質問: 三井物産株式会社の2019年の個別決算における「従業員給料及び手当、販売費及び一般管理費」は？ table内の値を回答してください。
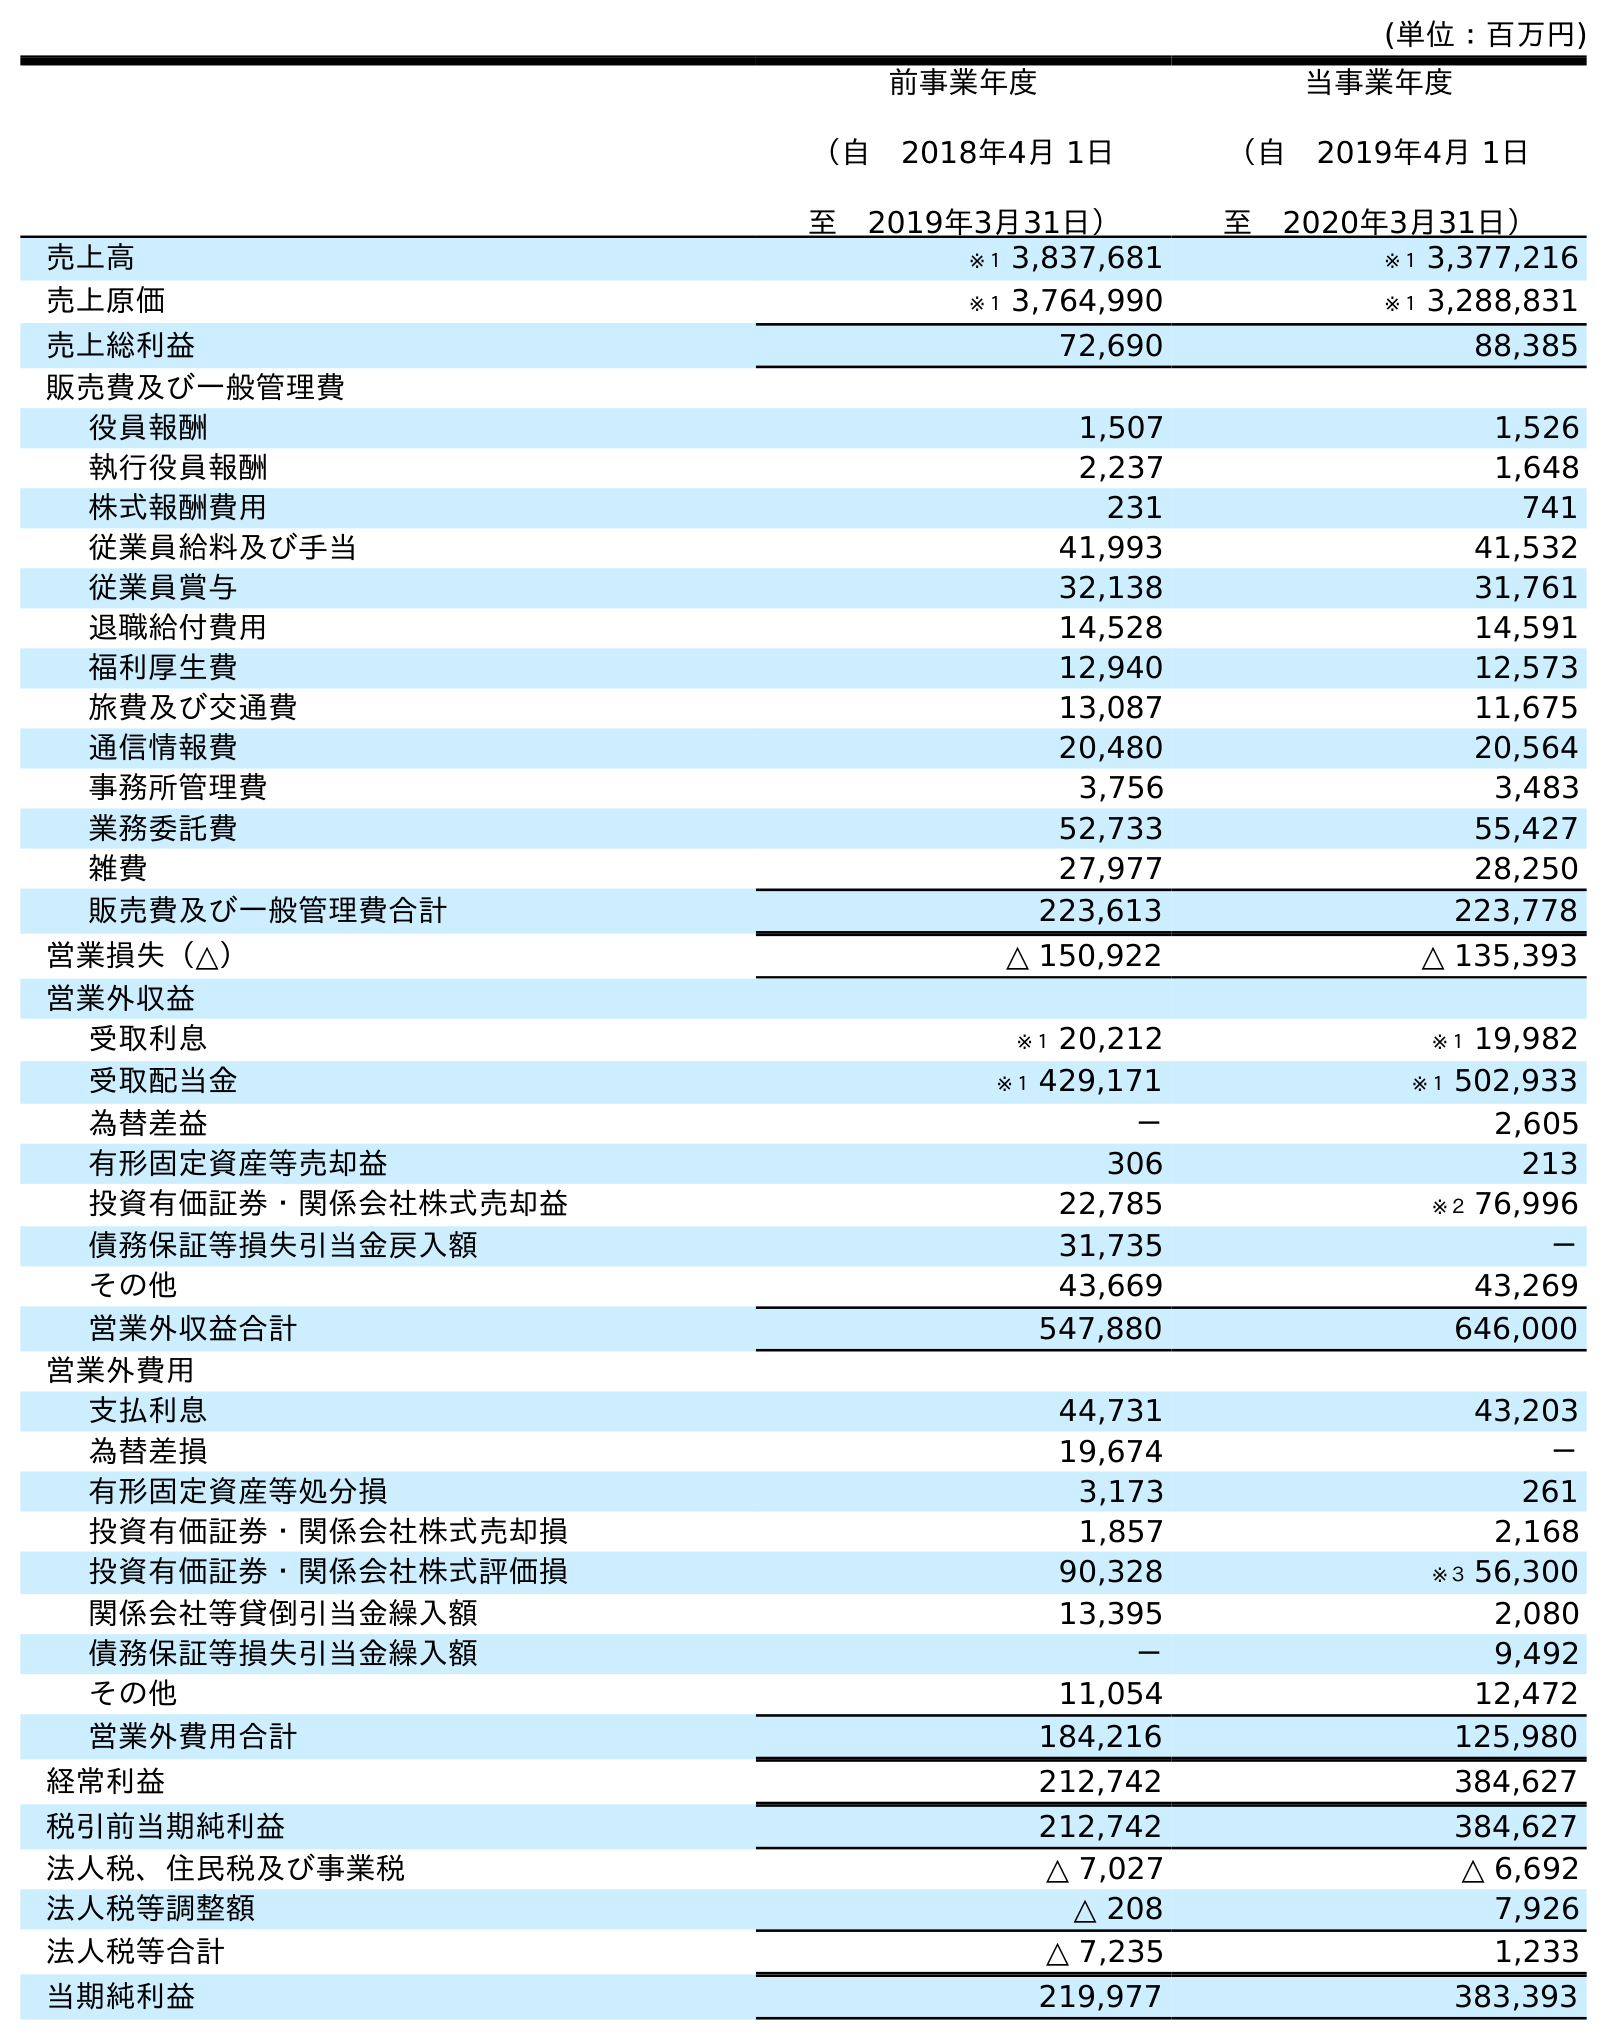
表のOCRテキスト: (単位：百万円) 前事業年度 （自 2018年4月 1日 至 2019年3月31日） 当事業年度 （自 2019年4月 1日 至 2020年3月31日） 売上高 ※１ 3,837,681 ※１ 3,377,216 売上原価 ※１ 3,764,990 ※１ 3,288,831 売上総利益 72,690 88,385 販売費及び一般管理費 役員報酬 1,507 1,526 執行役員報酬 2,237 1,648 株式報酬費用 231 741 従業員給料及び手当 41,993 41,532 従業員賞与 32,138 31,761 退職給付費用 14,528 14,591 福利厚生費 12,940 12,573 旅費及び交通費 13,087 11,675 通信情報費 20,480 20,564 事務所管理費 3,756 3,483 業務委託費 52,733 55,427 雑費 27,977 28,250 販売費及び一般管理費合計 223,613 223,778 営業損失（△） △ 150,922 △ 135,393 営業外収益 受取利息 ※１ 20,212 ※１ 19,982 受取配当金 ※１ 429,171 ※１ 502,933 為替差益 － 2,605 有形固定資産等売却益 306 213 投資有価証券・関係会社株式売却益 22,785 ※２ 76,996 債務保証等損失引当金戻入額 31,735 － その他 43,669 43,269 営業外収益合計 547,880 646,000 営業外費用 支払利息 44,731 43,203 為替差損 19,674 － 有形固定資産等処分損 3,173 261 投資有価証券・関係会社株式売却損 1,857 2,168 投資有価証券・関係会社株式評価損 90,328 ※３ 56,300 関係会社等貸倒引当金繰入額 13,395 2,080 債務保証等損失引当金繰入額 － 9,492 その他 11,054 12,472 営業外費用合計 184,216 125,980 経常利益 212,742 384,627 税引前当期純利益 212,742 384,627 法人税、住民税及び事業税 △ 7,027 △ 6,692 法人税等調整額 △ 208 7,926 法人税等合計 △ 7,235 1,233 当期純利益 219,977 383,393
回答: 41,993